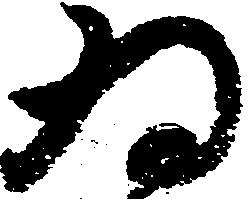
為